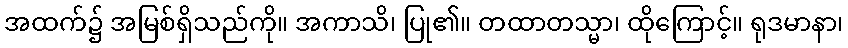
အထက်၌ အမြစ်ရှိသည်ကို။ အကာသိ၊ ပြု၏။ တထာတသ္မာ၊ ထိုကြောင့်။ ရုဒမာနာ၊